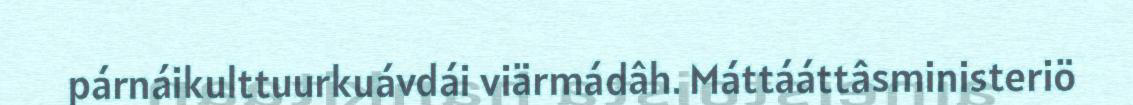
párnáikulttuurkuávdái viärmádâh. Máttááttâsministeriö